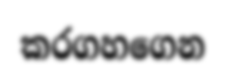
කරගහගෙන